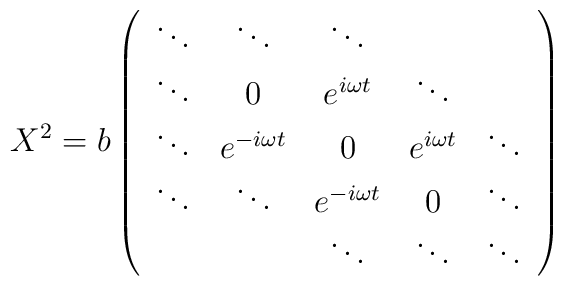
X^2 = b  \left(\begin{array}{ccccc}\ddots & \ddots & \ddots & &\\\ddots & 0 &  e^{i \omega t} &\ddots &\\\ddots & e^{-i \omega t} & 0 & e^{i \omega t} & \ddots\\ \ddots & \ddots & e^{-i \omega t} & 0 & \ddots\\& & \ddots & \ddots & \ddots\end{array}\right)